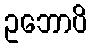
ဥဘောပိ